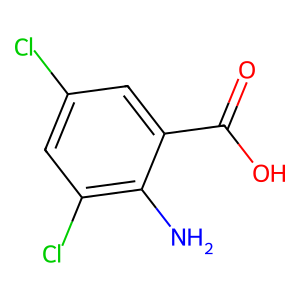
SMILES: Nc1c(Cl)cc(Cl)cc1C(=O)O
Inhibits HIV replication: No